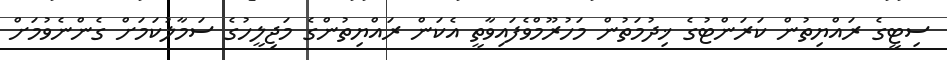
ސިޓީގެ ރައްޔިތުން ކަރަންޓުގެ ޚިދުމަތުން މަހުރޫމްވެފައިވާތީ އެކަން ރައްޔިތުންގެ މަޖިލީހުގެ ސަމާލުކަމަށް ގެންނެވުމަށް